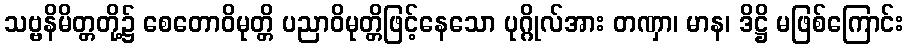
သဗ္ဗနိမိတ္တတို့၌ စေတောဝိမုတ္တိ ပညာဝိမုတ္တိဖြင့်နေသော ပုဂ္ဂိုလ်အား တဏှာ၊ မာန၊ ဒိဋ္ဌိ မဖြစ်ကြောင်း